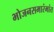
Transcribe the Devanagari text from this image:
भोजनसमारंभांत